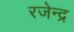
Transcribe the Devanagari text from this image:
रजेन्द्र